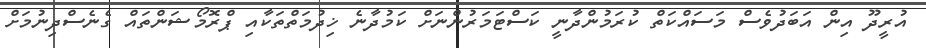
އުރީދޫ އިން އަބަދުވެސް މަސައްކަތް ކުރަމުންދާނީ ކަސްޓަމަރުންނަށް ކަމުދާނެ ޚިދުމަތްތަކާއި ޕްރޮމޯޝަންތައް ގެނެސްދިނުމަށް